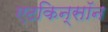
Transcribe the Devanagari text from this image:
एटकिन्सॉन